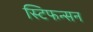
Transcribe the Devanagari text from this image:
स्टिफन्सन